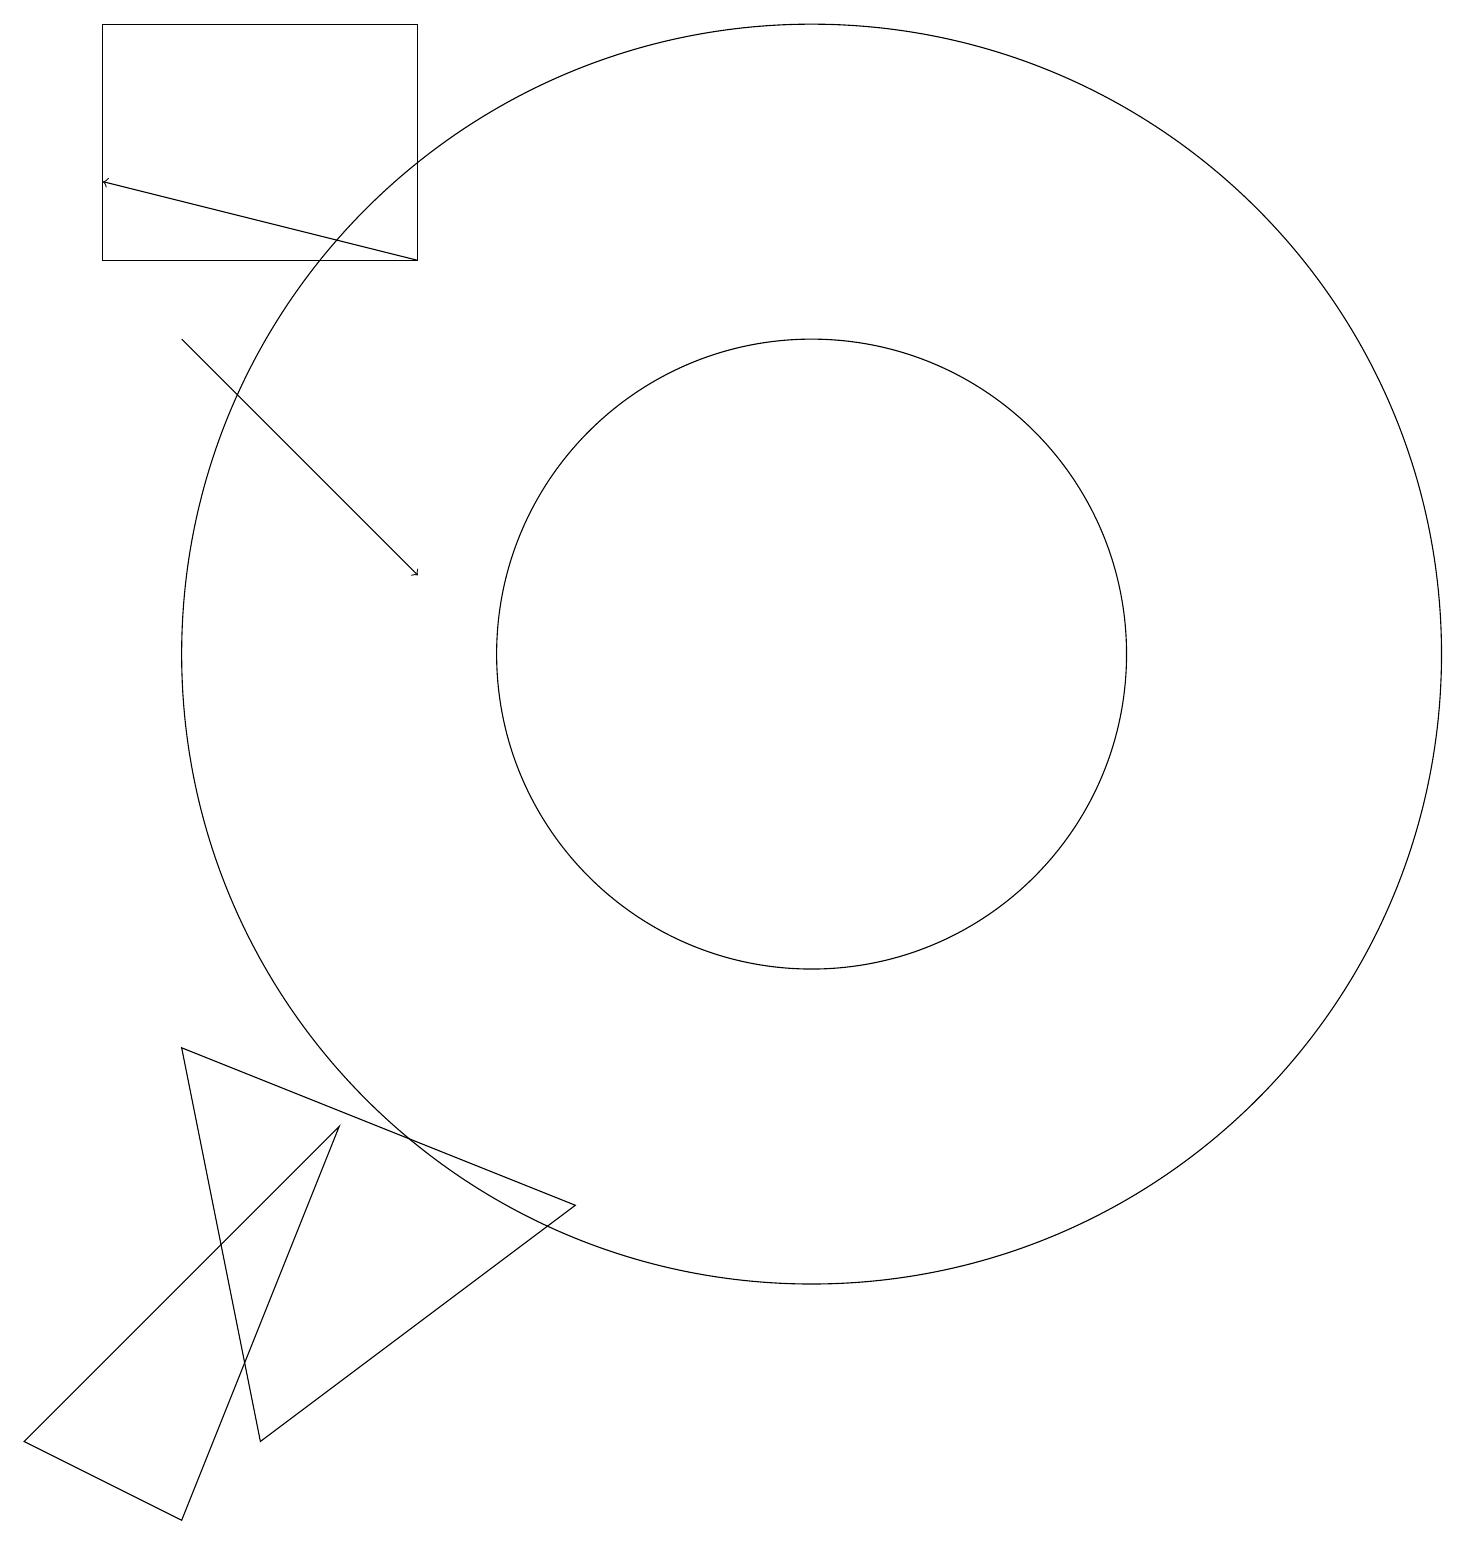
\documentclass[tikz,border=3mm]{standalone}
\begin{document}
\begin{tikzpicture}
\draw (8,4) -- (4,1) -- (3,6) -- cycle;
\draw[->] (3,15) -- (6,12);
\draw (11,11) circle (8);
\draw (6,16) rectangle (2,19);
\draw (11,11) circle (4);
\draw (1,1) -- (5,5) -- (3,0) -- cycle;
\draw[->] (6,16) -- (2,17);
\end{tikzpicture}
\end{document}